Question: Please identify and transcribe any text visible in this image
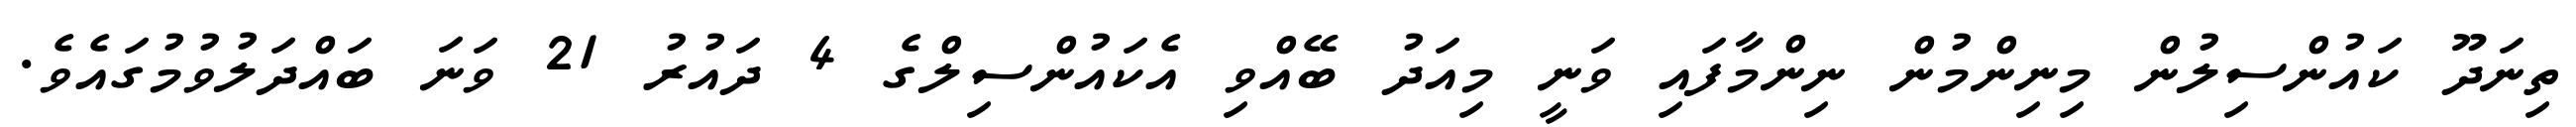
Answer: ތިނަދޫ ކައުންސިލުން މިނިންމުން ނިންމާފައި ވަނީ މިއަދު ބޭއްވި އެކައުންސިލްގެ 4 ދައުރު 21 ވަނަ ބައްދަލުވުމުގައެވެ.